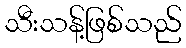
သီးသန့်ဖြစ်သည်